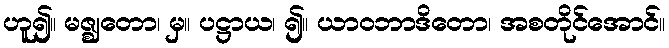
ဟူ၍။ မဇ္ဈတော၊ မှ။ ပဋ္ဌာယ၊ ၍။ ယာဝဘာဒိတော၊ အစတိုင်အောင်။